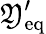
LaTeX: \mathfrak{Y}_{\mathrm{{eq}}}^{\prime}